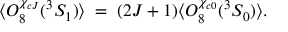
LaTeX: \langle { \cal O } _ { 8 } ^ { \chi _ { c J } } ( { } ^ { 3 } S _ { 1 } ) \rangle \; = \; ( 2 J + 1 ) \langle { \cal O } _ { 8 } ^ { \chi _ { c 0 } } ( { } ^ { 3 } S _ { 0 } ) \rangle .